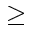
\geq